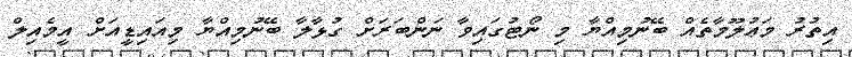
އިތުރު މަޢުލޫމާތެއް ބޭނުމިއްޔާ މި ނޯޓުގައިވާ ނަންބަރަށް ގުޅާލާ ބޭނުމިއްޔާ މިއައިޑީއަށް އީމެއިލް